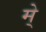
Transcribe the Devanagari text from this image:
मे्